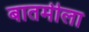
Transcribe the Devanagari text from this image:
बातमीला